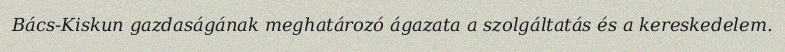
Bács-Kiskun gazdaságának meghatározó ágazata a szolgáltatás és a kereskedelem.